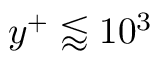
y ^ { + } \lessapprox 1 0 ^ { 3 }